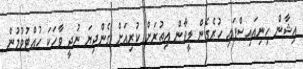
އިޝާން ހިނިއައިސްފައި ހުރެގެން ލީވާން އިތުރަށް ކުރިއަށް ގެންދިޔަ ނުދީ ވާހަކަ ހުއްޓުވުމުން